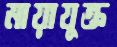
মায়াযুক্ত